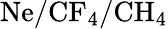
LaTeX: \mathrm{Ne/CF_{4}/CH_{4}}